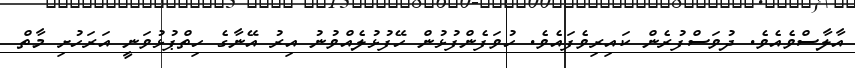
އާލާސްވެއެވެ. ދުވަސްފުރެން ކައިރިވެފައެވެ. ހުވަފެންފުޅުން ހޭފުޅުލެއްވުނު އިރު އޭނާގެ ހިތްޕުޅުވަނީ އަރަހުށި މާތް